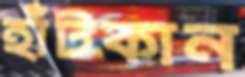
হাঁটকান